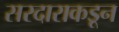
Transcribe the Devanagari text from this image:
सरदाराकडून